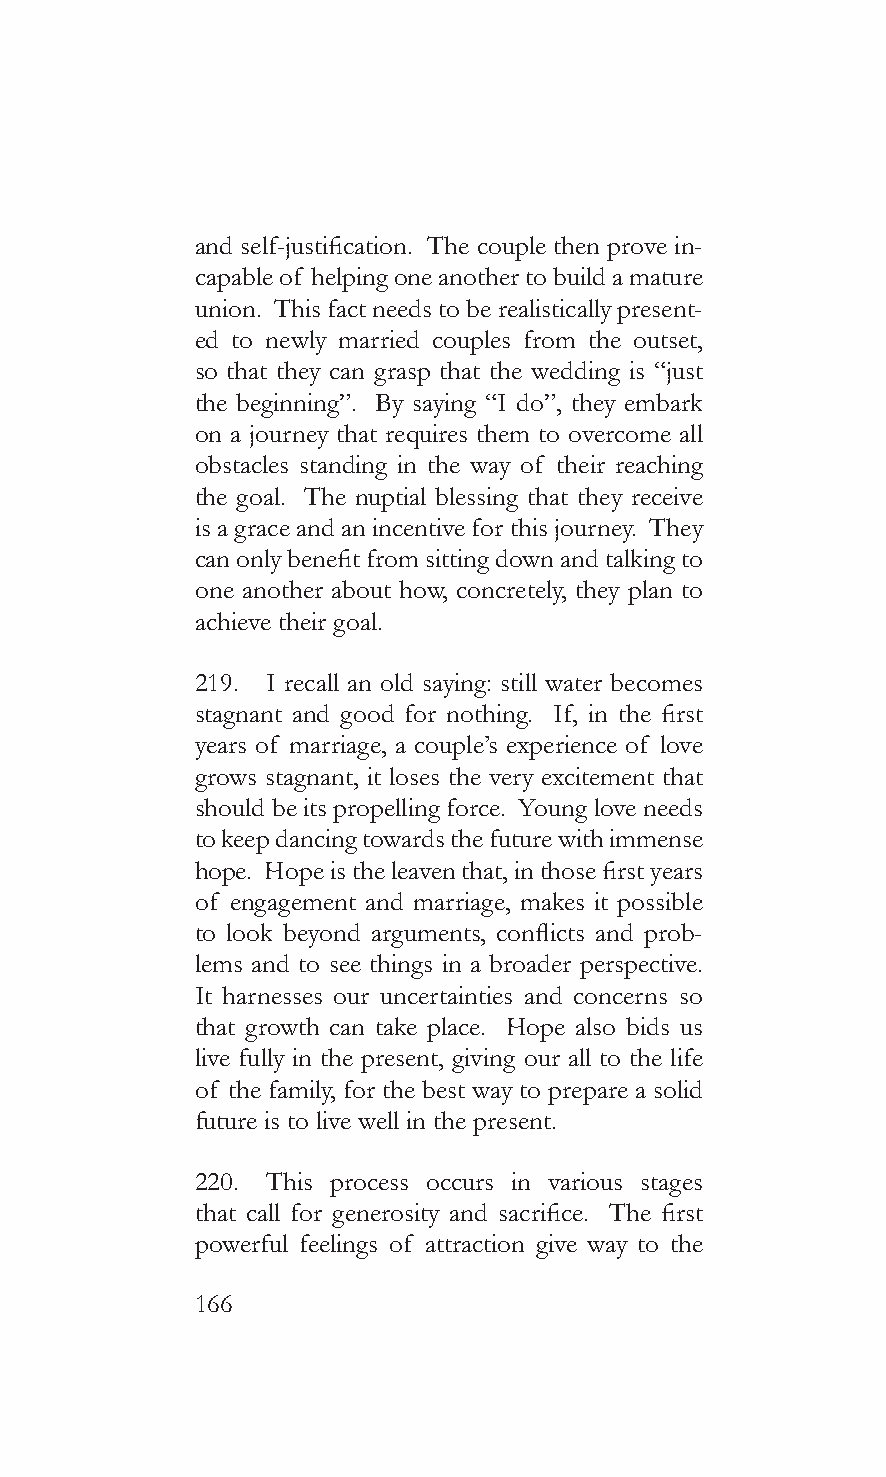
and self-justification. The couple then prove in-
 capable of helping one another to build a mature
 union. This fact needs to be realistically present-
 ed to newly married couples from the outset,
 so that they can grasp that the wedding is “just
 the beginning”. By saying “I do”, they embark
 on a journey that requires them to overcome all
 obstacles standing in the way of their reaching
 the goal. The nuptial blessing that they receive
 is a grace and an incentive for this journey. They
 can only benefit from sitting down and talking to
 one another about how, concretely, they plan to
 achieve their goal.
 219. I recall an old saying: still water becomes
 stagnant and good for nothing. If, in the first
 years of marriage, a couple’s experience of love
 grows stagnant, it loses the very excitement that
 should be its propelling force. Young love needs
 to keep dancing towards the future with immense
 hope. Hope is the leaven that, in those first years
 of engagement and marriage, makes it possible
 to look beyond arguments, conflicts and prob-
 lems and to see things in a broader perspective.
 It harnesses our uncertainties and concerns so
 that growth can take place. Hope also bids us
 live fully in the present, giving our all to the life
 of the family, for the best way to prepare a solid
 future is to live well in the present.
 220. This process occurs in various stages
 that call for generosity and sacrifice. The first
 powerful feelings of attraction give way to the
 166